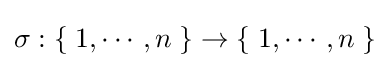
\sigma :\{\;1,\cdots ,n\;\}\to \{\;1,\cdots ,n\;\}